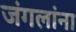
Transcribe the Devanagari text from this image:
जंगलांना